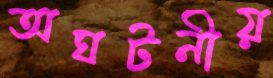
অঘটনীয়